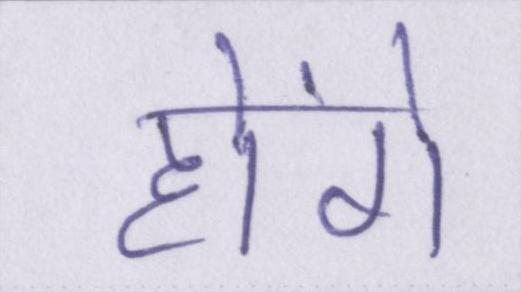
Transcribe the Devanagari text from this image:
होंगे